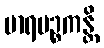
မာရပဉ္စကန္တိ